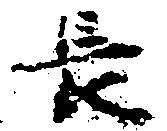
長